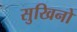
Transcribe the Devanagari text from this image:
सुखिनो